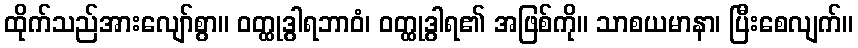
ထိုက်သည်အားလျော်စွာ။ ဝတ္ထုဒွါရဘာဝံ၊ ဝတ္ထုဒွါရ၏ အဖြစ်ကို။ သာစယမာနာ၊ ပြီးစေလျက်။